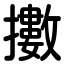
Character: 擻